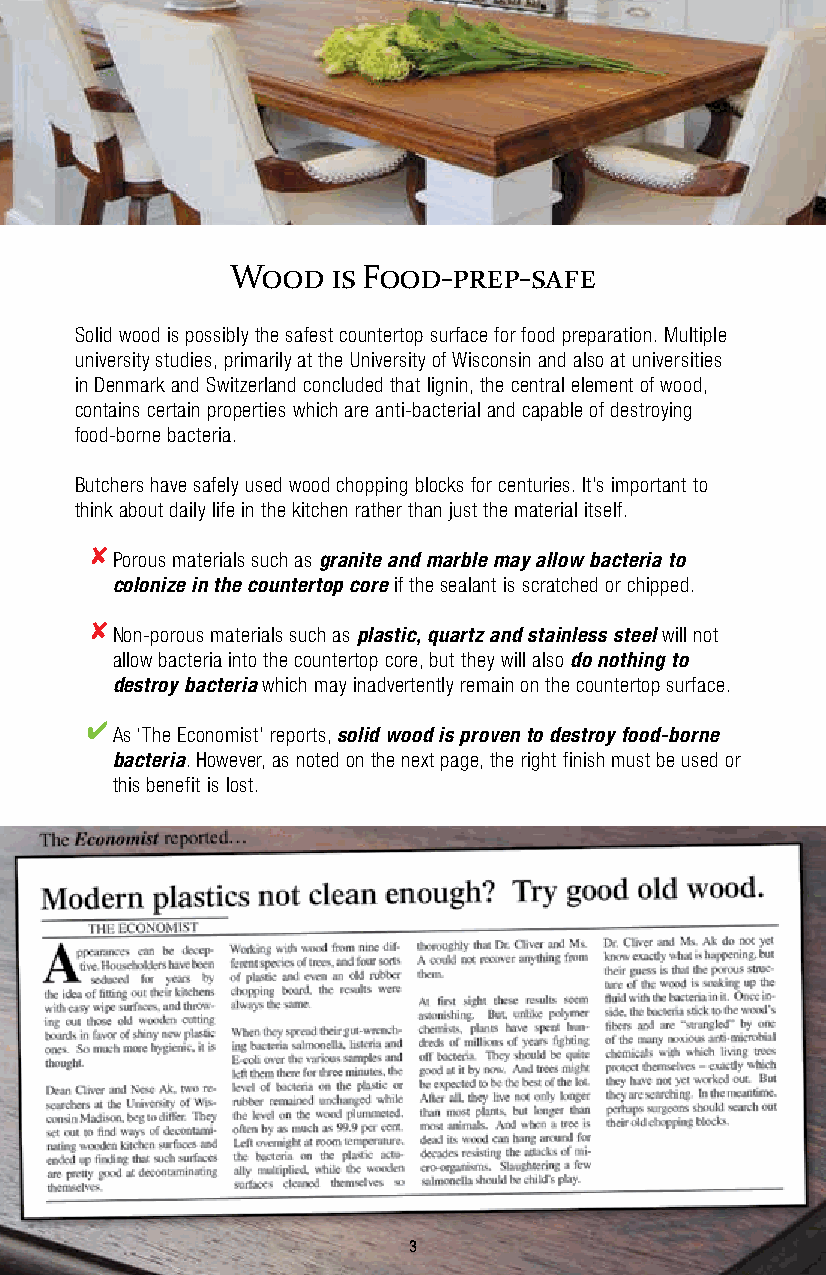
Wood   is Food-prep-safe
 Solid wood is possibly the safest countertop surface for food preparation. Multiple
 university studies, primarily at the University of Wisconsin and also at universities
 in Denmark and Switzerland concluded that lignin, the central element of wood,
 contains certain properties which are anti-bacterial and capable of destroying
 food-borne bacteria.
 Butchers have safely used wood chopping blocks for centuries. It’s important to
 think about daily life in the kitchen rather than just the material itself.
 8
 Porous materials such as granite and marble may allow bacteria to
 colonize in the countertop core if the sealant is scratched or chipped.
 8
 Non-porous materials such as plastic, quartz and stainless steel will not
 allow bacteria into the countertop core, but they will also do nothing to
 destroy bacteria which may inadvertently remain on the countertop surface.
 4
 As ‘The Economist’ reports, solid wood is proven to destroy food-borne
 bacteria. However, as noted on the next page, the right finish must be used or
 this benefit is lost.
 3